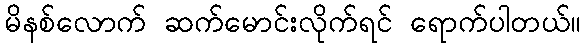
မိနစ်လောက် ဆက်မောင်းလိုက်ရင် ရောက်ပါတယ်။